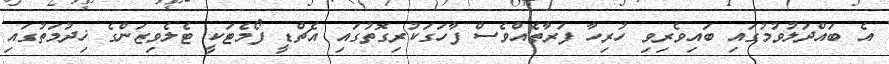
އެ ބައްދަލުވުމުގައި ބައިވެރިވި ހުރިހާ ފަރާތެއްވެސް ފާހަގަކުރިގޮތުގައި އެޗްޑީ ފޯމެޓަކީ ޓެލެވިޒަންގެ ޚިދުމަތުގައި